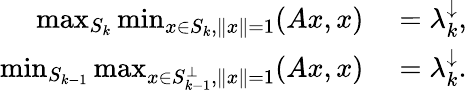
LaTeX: \begin{array}{rl}{\operatorname*{max}_{S_{k}}\operatorname*{min}_{x\in S_{k},\| x\| =1}(Ax,x)}&{{}=\lambda_{k}^{\downarrow},}\\ {\operatorname*{min}_{S_{k-1}}\operatorname*{max}_{x\in S_{k-1}^{\perp},\| x\| =1}(Ax,x)}&{{}=\lambda_{k}^{\downarrow}.}\end{array}